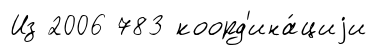
Из 2006 783 коорд'ина́циjи